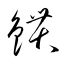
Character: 鏆